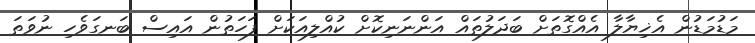
މަޑުމަޑުން އެޚިޔާލާ އެއްގޮތަށް ބަދަލުތައް އަންނަނިކޮށް ކުއްލިއަކަށް ފަހަތުން އައިސް ބަނގަވެހި ނުވަތަ